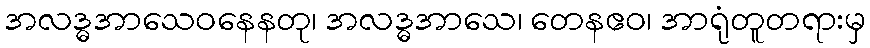
အလဒ္ဓအာသေဝနေနတု၊ အလဒ္ဓအာသေ၊ တေနဧဝ၊ အာရုံတူတရားမှ